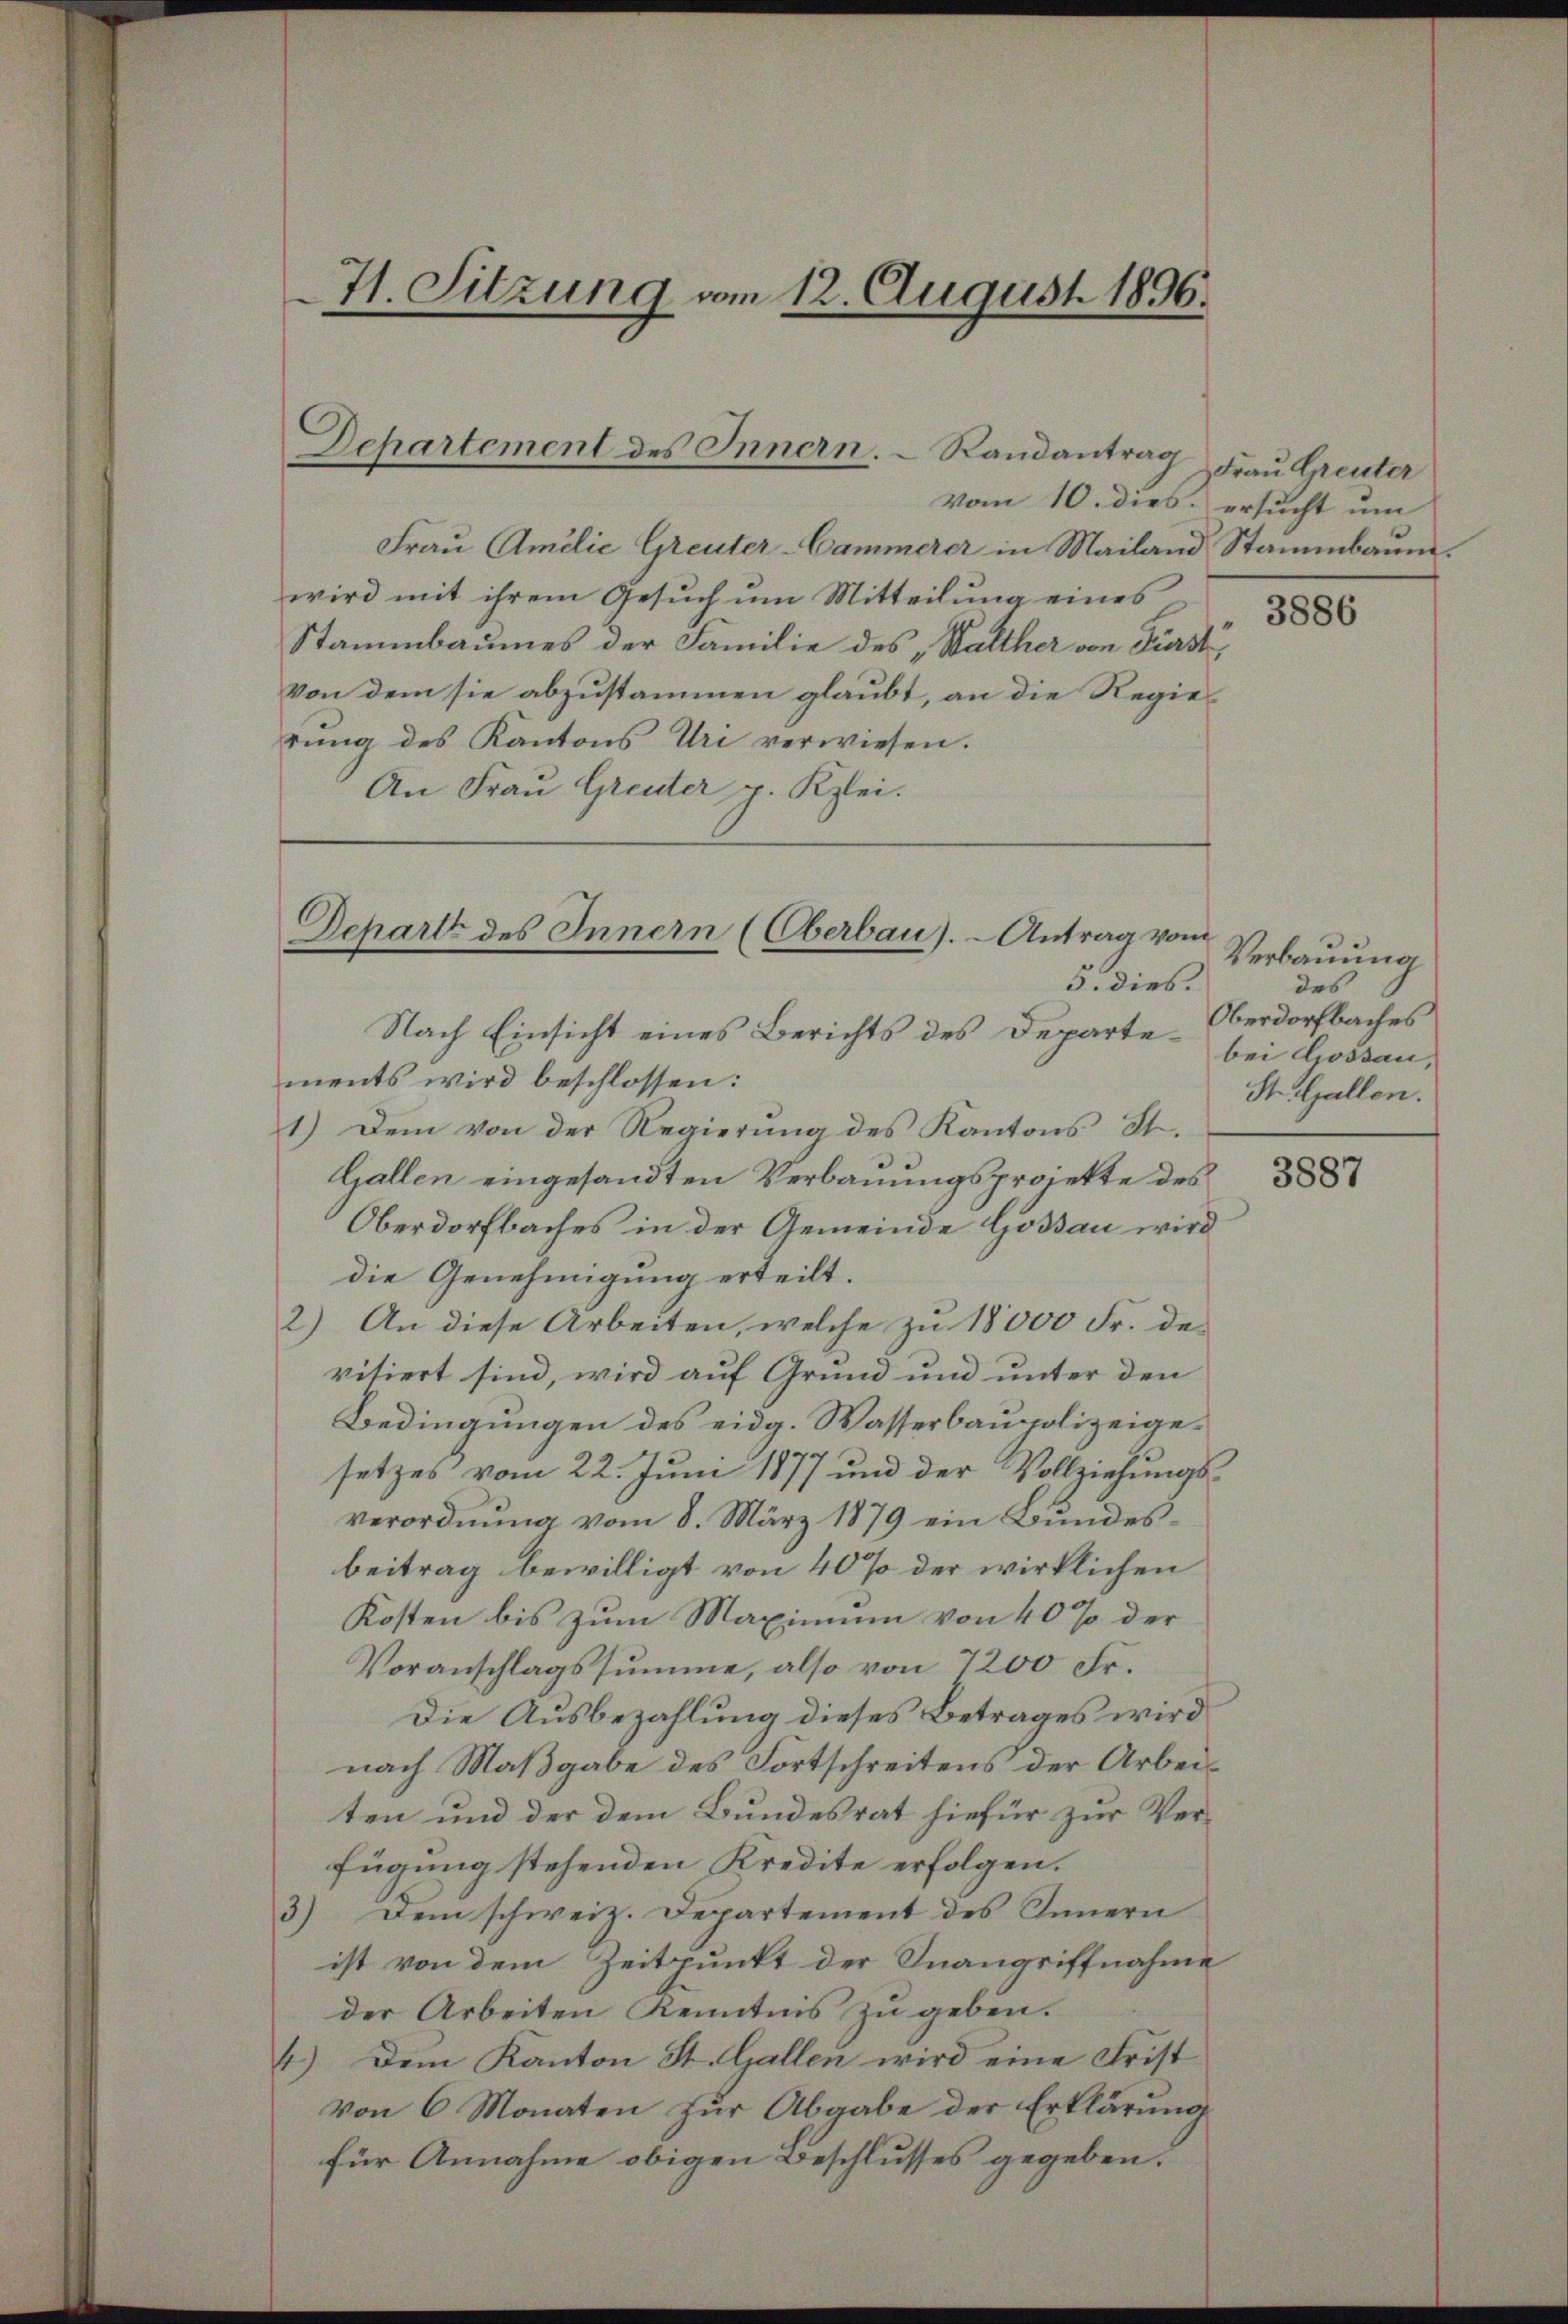
71. Sitzung vom 12. August 1896.

Departement des Innern.  Randantrag

vom 10. dies ersucht um
Frau Amilie Greuter-Cammerer in Mailand Stammbaum.
wird mit ihrem Gesuch um Mitteilung eines
Stammbaumes der Familie des „Walther von Fürst,
von dem sie abzustammen glaubt, an die Regierŭng des Kantons Uri verwiesen.
An Frau Greuter p. Kzlei.

Depart des Innern (Oberbau). - Antrag vom
5. dies.

Nach Einsicht eines Berichts des Departements wird beschlossen:
1.) Dem von der Regierung des Kantons St.
Gallen eingesandten Verbauungsprojekte des
Oberdorfbaches in der Gemeinde Goßau wird
die Genehmigung erteilt.
2
An diese Arbeiten, welche zu 18000 Fr. de
vitiert sind, wird auf Grund und unter den
Bedingungen des eidg. Wasserbaupolizeigesetzes vom 22. Juni 1877 und der Vollziehungsverordnŭng vom 8. März 1879 ein Bundes-
beitrag bewilligt von 40% der wirklichen
Kosten bis zum Maximum von 40% der
Voranschlagssumme, also von 1200 Fr.
Die Ausbezahlung dieses Betrages wird
nach Maßgabe des Fortschreitens der Arbeiten und der dem Bundesrat hiefür zur Verfügung stehenden Kredite erfolgen.
3) Dem schweiz. Departement des Innern
ist von dem Zeitpunkt der Inangriffnahme
der Arbeiten Kenntnis zu geben.
4.) Dem Kanton St. Gallen wird eine Frist
von 6 Monaten zur Abgabe der Erklärung
für Annahme obigen Beschlusses gegeben.

Frau Greuter

3886

Verbauung
des
Oberdorfbaches
bei Lossau,
St. Gallen.

3887